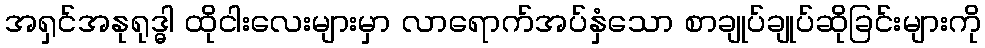
အရှင်အနုရုဒ္ဓါ ထိုငါးလေးများမှာ လာရောက်အပ်နှံသော စာချုပ်ချုပ်ဆိုခြင်းများကို